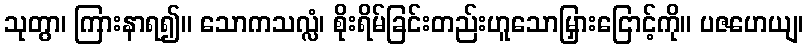
သုတွာ၊ ကြားနာရ၍။ သောကသလ္လံ၊ စိုးရိမ်ခြင်းတည်းဟူသောမြှားငြောင့်ကို။ ပဇဟေယျ၊